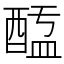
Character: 𨡖